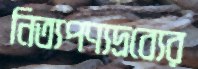
নিত্যপণ্যদ্রব্যের